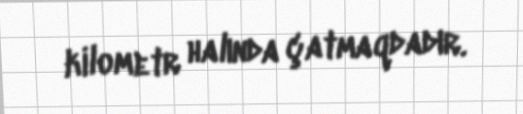
kilometr halında çatmaqdadır.